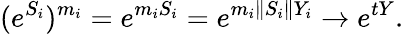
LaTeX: (e^{S_{i}})^{m_{i}}=e^{m_{i}S_{i}}=e^{m_{i}\| S_{i}\| Y_{i}}\rightarrow e^{tY}.